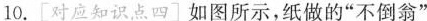
10.[对应知识点四]如图所示，纸做的”不倒翁”